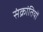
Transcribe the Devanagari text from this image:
संक्रांतियों